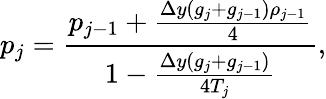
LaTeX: p_{j}=\frac{p_{j-1}+\frac{\Delta y(g_{j}+g_{j-1})\rho_{j-1}}{4}}{1-\frac{\Delta y(g_{j}+g_{j-1})}{4T_{j}}},